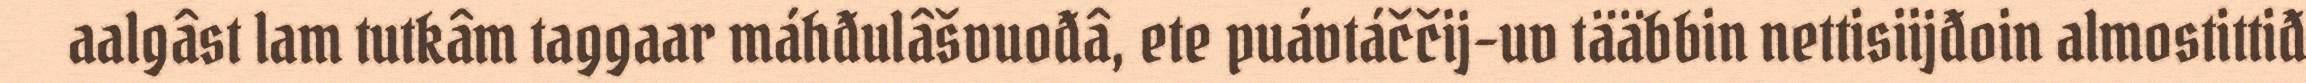
aalgâst lam tutkâm taggaar máhđulâšvuođâ, ete puávtáččij-uv tääbbin nettisiijđoin almostittiđ